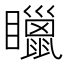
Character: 䁽